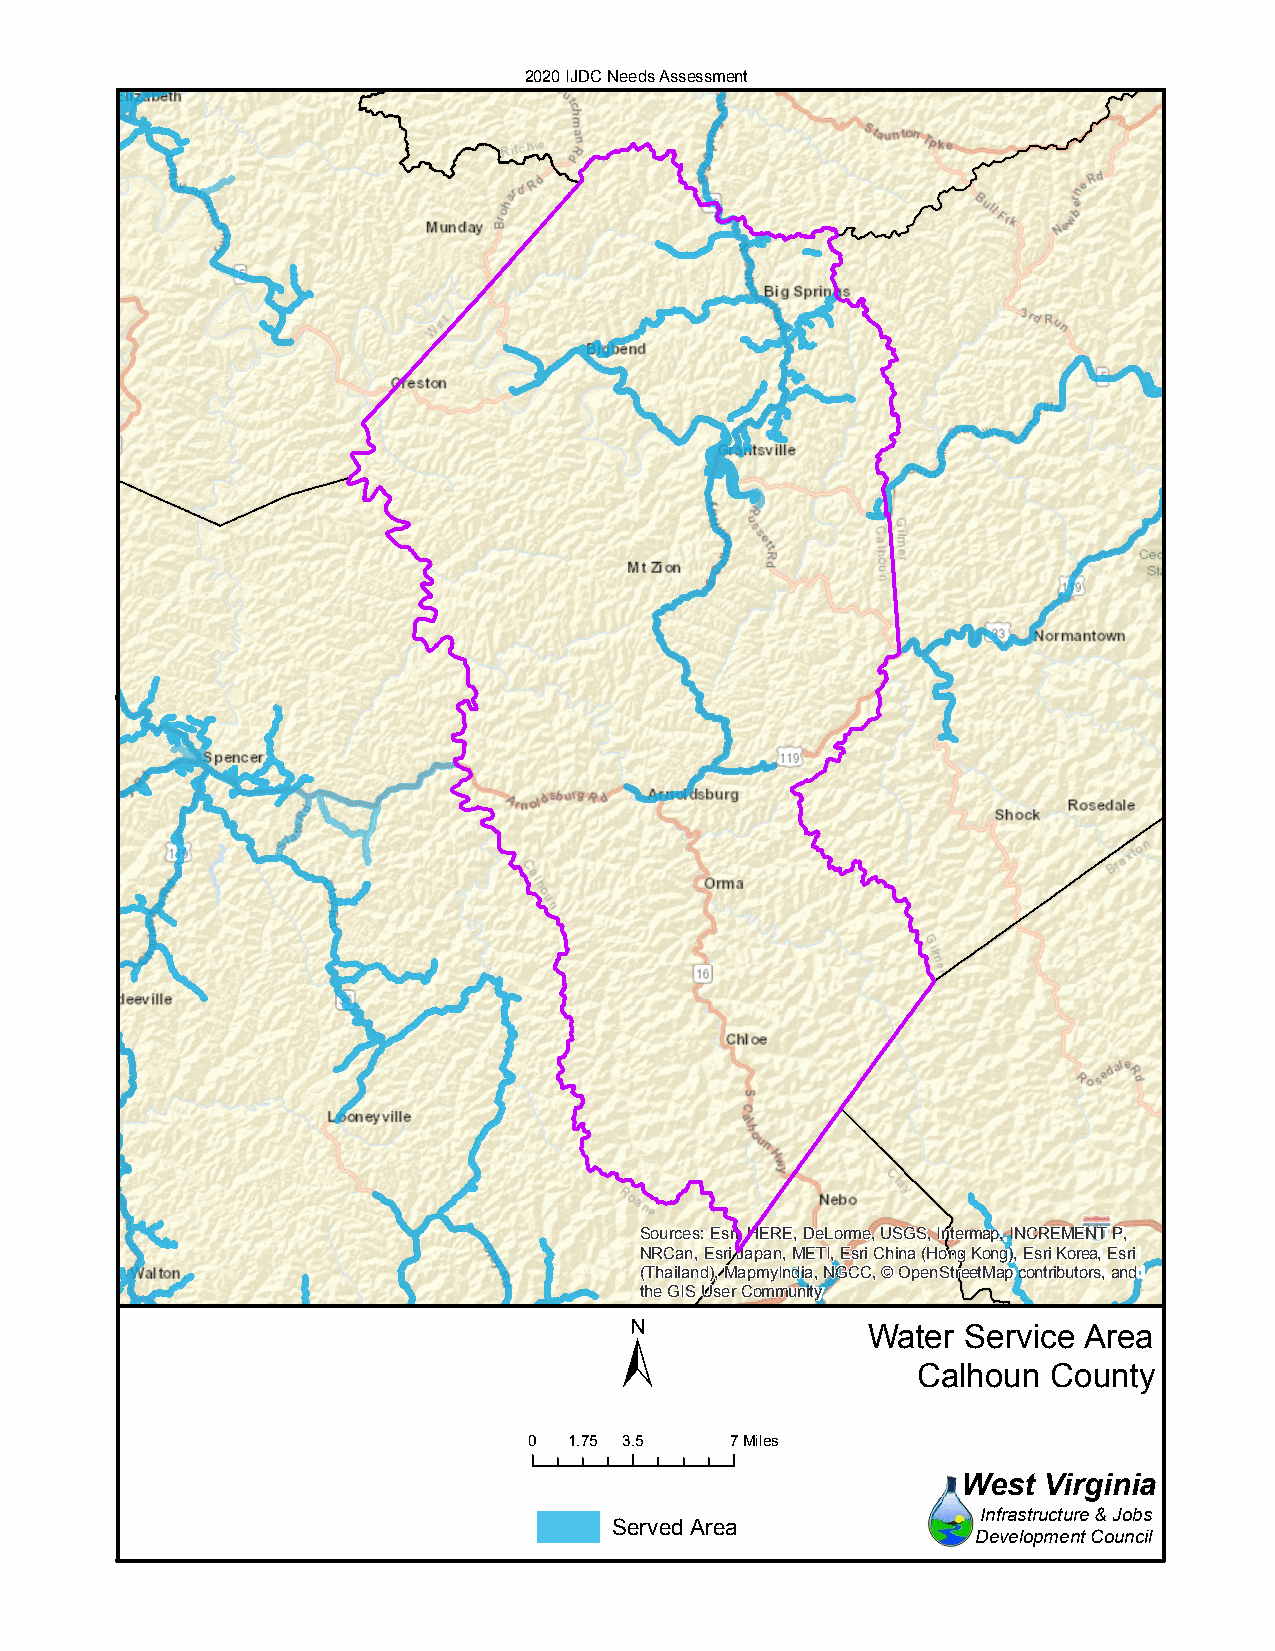
2020 IJDC Needs Assessment
 Sources: Esri, HERE, DeLorme, USGS, Intermap, INCREMENT P,
 NRCan, Esri Japan, METI, Esri China (Hong Kong), Esri Korea, Esri
 (Thailand), MapmyIndia, NGCC, © OpenStreetMap contributors, and
 the GIS User Community
 ±
 Water  Service Area
 Calhoun  County
 0  1.75 3.5  7Miles
 West Virginia
 Infrastructure & Jobs
 Served Area
 Development Council